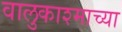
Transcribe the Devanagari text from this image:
वालुकाश्माच्या